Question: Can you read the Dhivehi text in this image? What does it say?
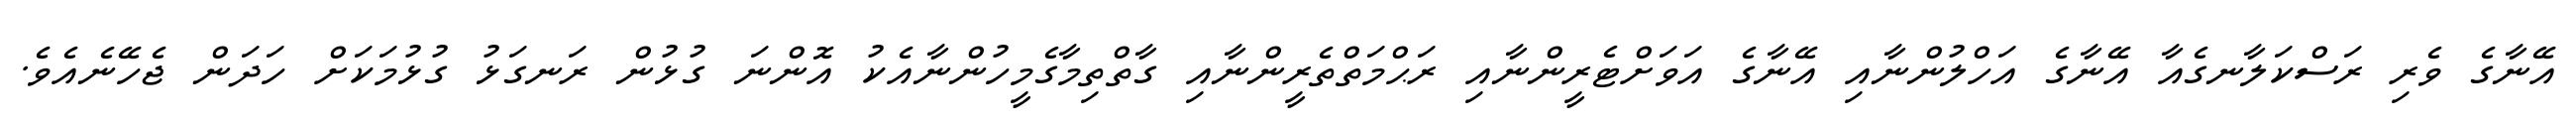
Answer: އޭނާގެ ވެރި ރަސްކަލާނގެއާ އޭނާގެ އަހްލުންނާއި އޭނާގެ އަވަށްޓެރީންނާއި ރަޙްމަތްތެރީންނާއި ގާތްތިމާގެމީހުންނާއެކު އޮންނަ ގުޅުން ރަނގަޅު ގުޅުމަކަށް ހަދަން ޖެހޭނެއެވެ.